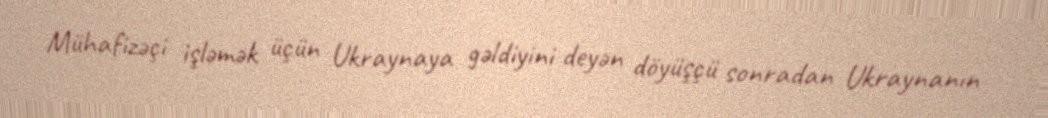
Mühafizəçi işləmək üçün Ukraynaya gəldiyini deyən döyüşçü sonradan Ukraynanın